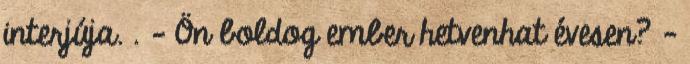
interjúja. . - Ön boldog ember hetvenhat évesen? -